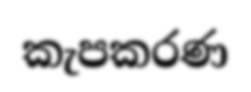
කැපකරණ